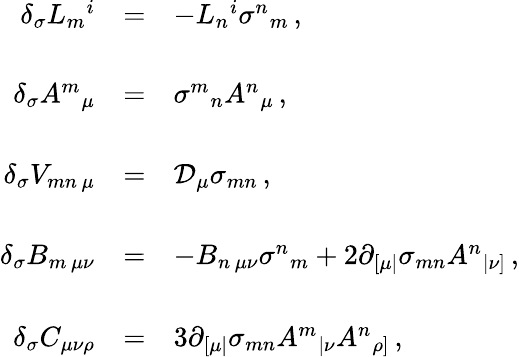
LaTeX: \begin{array}{rcl}{{\delta_{\sigma}L_{m}{}^{i}}}&{{=}}&{{-L_{n}{}^{i}\sigma^{n}{}_{m}\, ,}}\\ {{}}&{{}}&{{}}\\ {{\delta_{\sigma}A^{m}{}_{\mu}}}&{{=}}&{{\sigma^{m}{}_{n}A^{n}{}_{\mu}\, ,}}\\ {{}}&{{}}&{{}}\\ {{\delta_{\sigma}V_{mn\, \mu}}}&{{=}}&{{\mathcal{D}_{\mu}\sigma_{mn}\, ,}}\\ {{}}&{{}}&{{}}\\ {{\delta_{\sigma}B_{m\, \mu\nu}}}&{{=}}&{{-B_{n\, \mu\nu}\sigma^{n}{}_{m}+2\partial_{[\mu|}\sigma_{mn}A^{n}{}_{|\nu]}\, ,}}\\ {{}}&{{}}&{{}}\\ {{\delta_{\sigma}C_{\mu\nu\rho}}}&{{=}}&{{3\partial_{[\mu|}\sigma_{mn}A^{m}{}_{|\nu}A^{n}{}_{\rho]}\, ,}}\end{array}